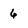
Character: 6